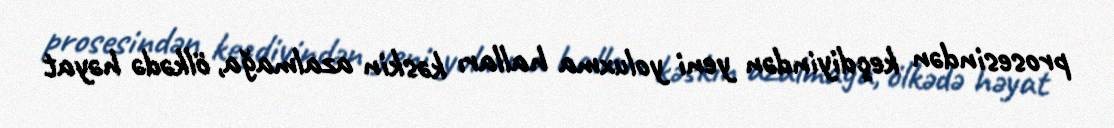
prosesindən keçdiyindən yeni yoluxma halları kəskin azalmağa, ölkədə həyat